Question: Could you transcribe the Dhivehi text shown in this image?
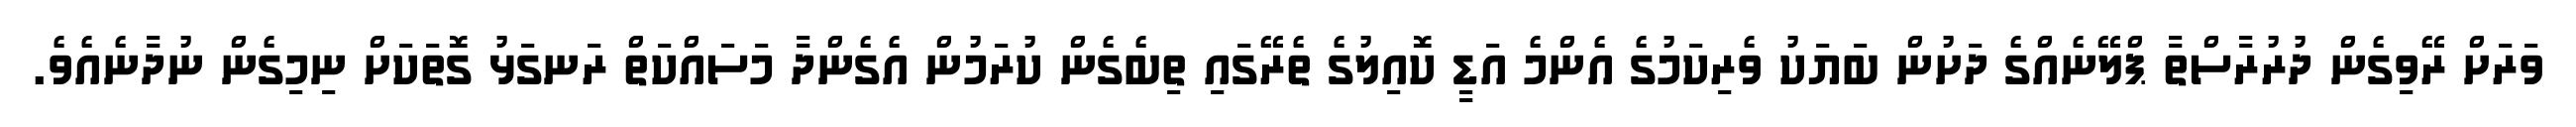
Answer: ވަރަށް ރޭވިގެން ދުރުރާސްތާ ޕްލޭނެއްގެ ދަށުން ބަޔަކު ވެރިކަމުގެ އެންމެ އަޑީ ކޮއިލުގެ ތެރޭގައި ތިބެގެން ކުރަމުން އެގެންދާ މަސައްކަތް ރަނގަޅު ގޮތަކަށް ނިމިގެން ނުދާނެއެވެ.